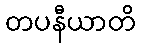
တပနီယာတိ